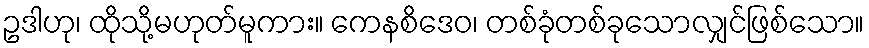
ဥဒါဟု၊ ထိုသို့မဟုတ်မူကား။ ကေနစိဒေဝ၊ တစ်ခုံတစ်ခုသောလျှင်ဖြစ်သော။